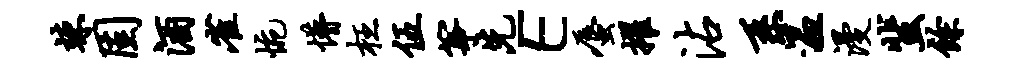
竦固酒雀惋懵枉伍筝先E蜃擢沾系温漫蜚余